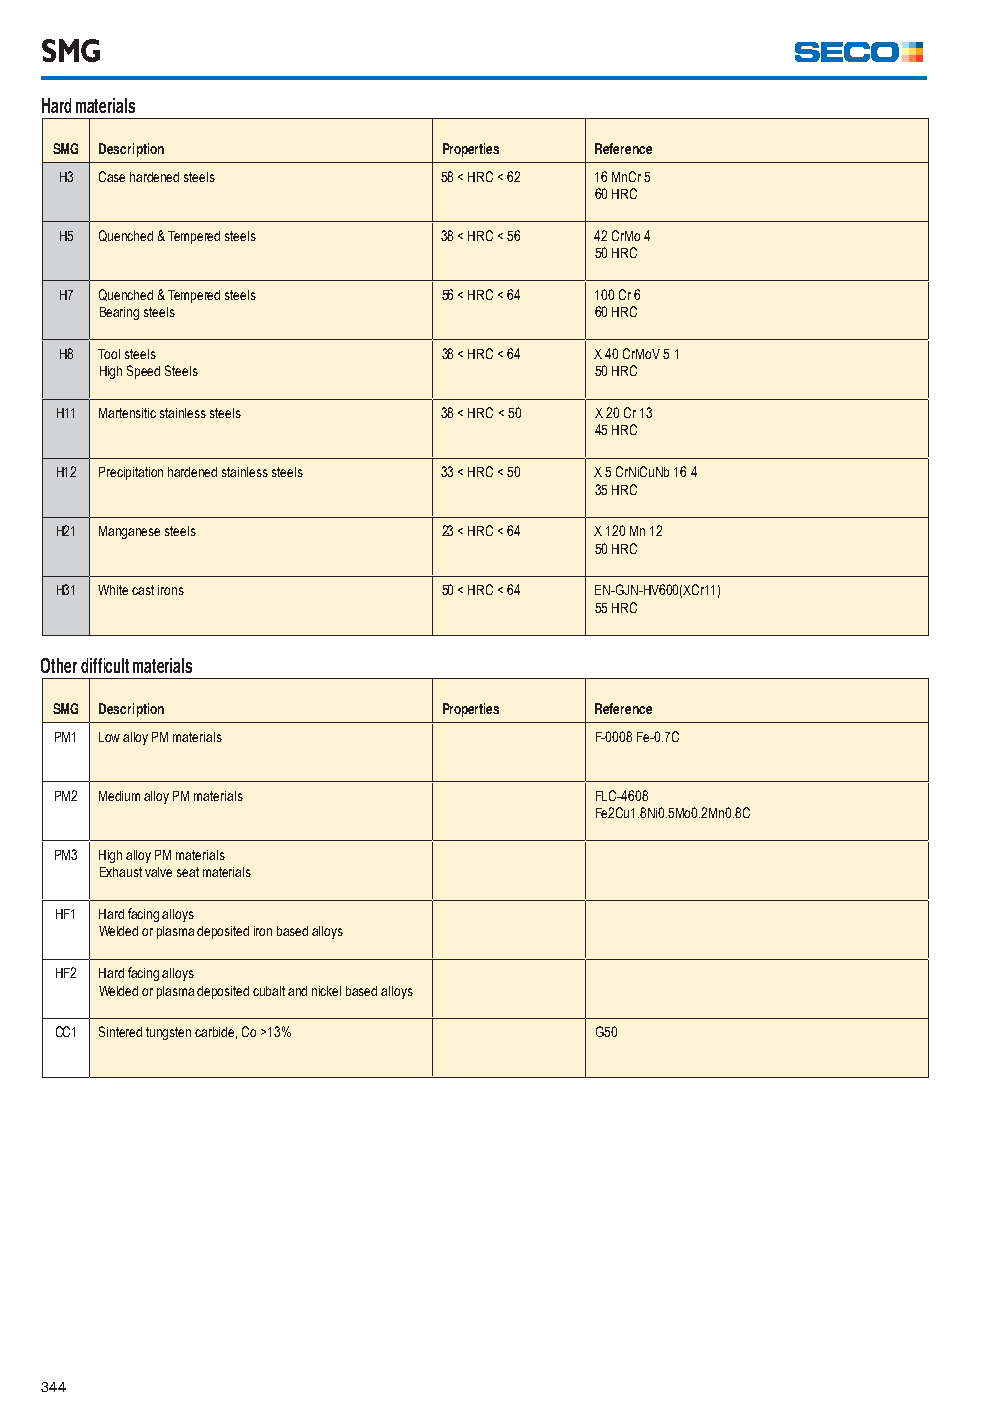
SMG
 Hard materials
 SMG Description          Properties Reference
 H3 Case hardened steels  58 < HRC < 62 16 MnCr 5
 60 HRC
 H5 Quenched & Tempered steels 38 < HRC < 56 42 CrMo 4
 50 HRC
 H7 Quenched & Tempered steels 56 < HRC < 64 100 Cr 6
 Bearing steels                  60 HRC
 H8 Tool steels           38 < HRC < 64 X 40 CrMoV 5 1
 High Speed Steels               50 HRC
 H11 Martensitic stainless steels 38 < HRC < 50 X 20 Cr 13
 45 HRC
 H12 Precipitation hardened stainless steels 33 < HRC < 50 X 5 CrNiCuNb 16 4
 35 HRC
 H21 Manganese steels     23 < HRC < 64 X 120 Mn 12
 50 HRC
 H31 White cast irons     50 < HRC < 64 EN-GJN-HV600(XCr11)
 55 HRC
 Other diffi cult materials
 SMG Description          Properties Reference
 PM1 Low alloy PM materials         F-0008 Fe-0.7C
 PM2 Medium alloy PM materials      FLC-4608
 Fe2Cu1.8Ni0.5Mo0.2Mn0.8C
 PM3 High alloy PM materials
 Exhaust valve seat materials
 HF1 Hard facing alloys
 Welded or plasma deposited iron based alloys
 HF2 Hard facing alloys
 Welded or plasma deposited cubalt and nickel based alloys
 CC1 Sintered tungsten carbide, Co >13% G50
 344